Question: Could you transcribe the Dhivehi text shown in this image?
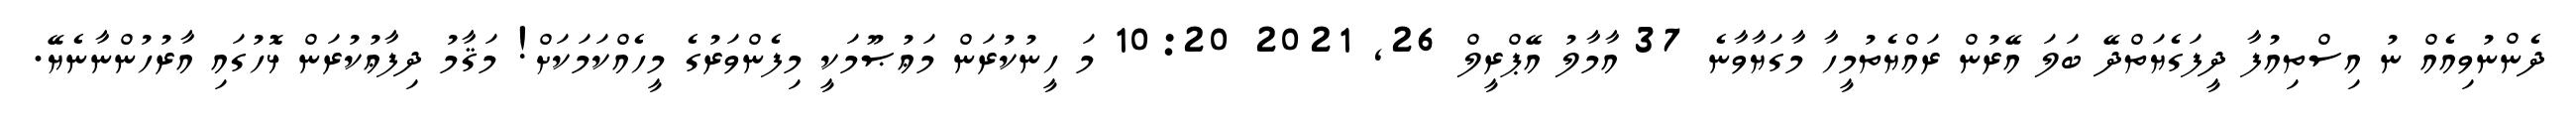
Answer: ދެންނުވިއެއް ނު އިސްތިއުފާ ދީފަގެޔަތްދޭ ބަލަ އޭރުން ރައްޔެތުމީހާ މާގަޔާވާނެ 37 އާމާލު އޭޕްރީލް 26, 2021 10:20 މަ ހީނުކުރަން މަޢުޞޫމަކީ މިފެންވަރުގެ މީހެއްކަމަކަށް! މަޤާމު ދިފާޢުކުރަން ޅޮހުގައި އާރުހުންނާނެޔޭ.